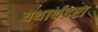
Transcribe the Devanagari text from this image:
यथार्थद्रष्टा